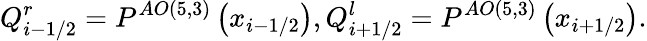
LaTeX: Q_{i-1/2}^{r}={{P}^{AO\left(5,3\right)}}\left({{x}_{i-1/2}}\right),Q_{i+1/2}^{l}={{P}^{AO\left(5,3\right)}}\left({{x}_{i+1/2}}\right).